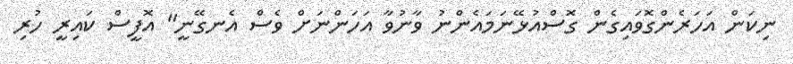
ނިކަން އަހަރެންގޮވައިގެން ގޮސްއުޅޭނަމައެންނު ވާނުވާ އަހަންނަށް ވެސް އެނގޭނީ" އޮފީސް ކައިރީ ހުރި